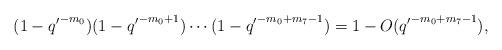
LaTeX: \begin{align*}(1-{q'}^{-m_0})(1-{q'}^{-m_0+1})\cdots(1-{q'}^{-m_0+m_7-1})=1-O({q'}^{-m_0+m_7-1}),\end{align*}